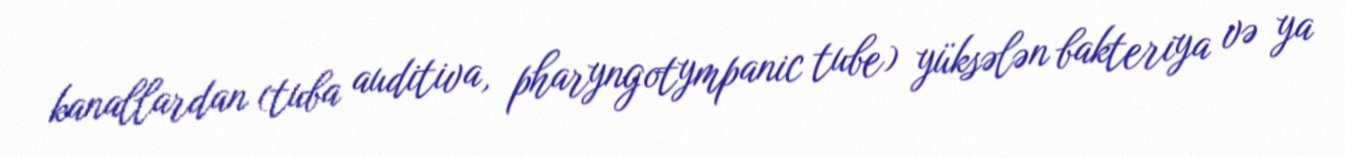
kanallardan (tuba auditiva, pharyngotympanic tube) yüksələn bakteriya və ya